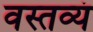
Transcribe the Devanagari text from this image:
वस्तव्यं